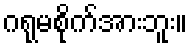
ဂရုမစိုက်အားဘူး။